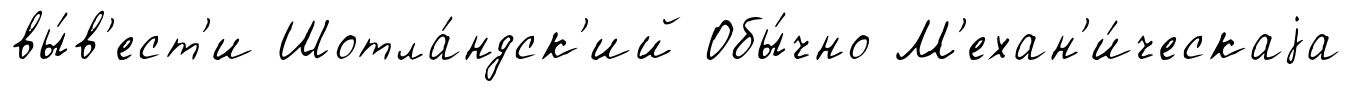
вы́в'ест'и Шотла́ндск'ий Обы́чно М'ехан'и́ческаjа